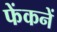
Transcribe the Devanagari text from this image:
फेंकनें